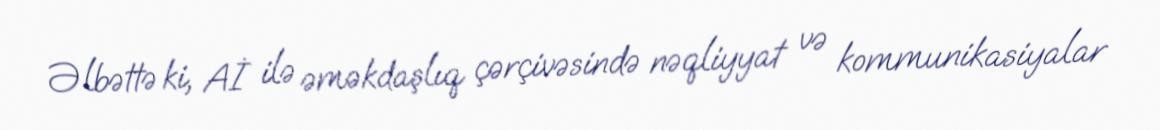
Əlbəttə ki, Aİ ilə əməkdaşlıq çərçivəsində nəqliyyat və kommunikasiyalar